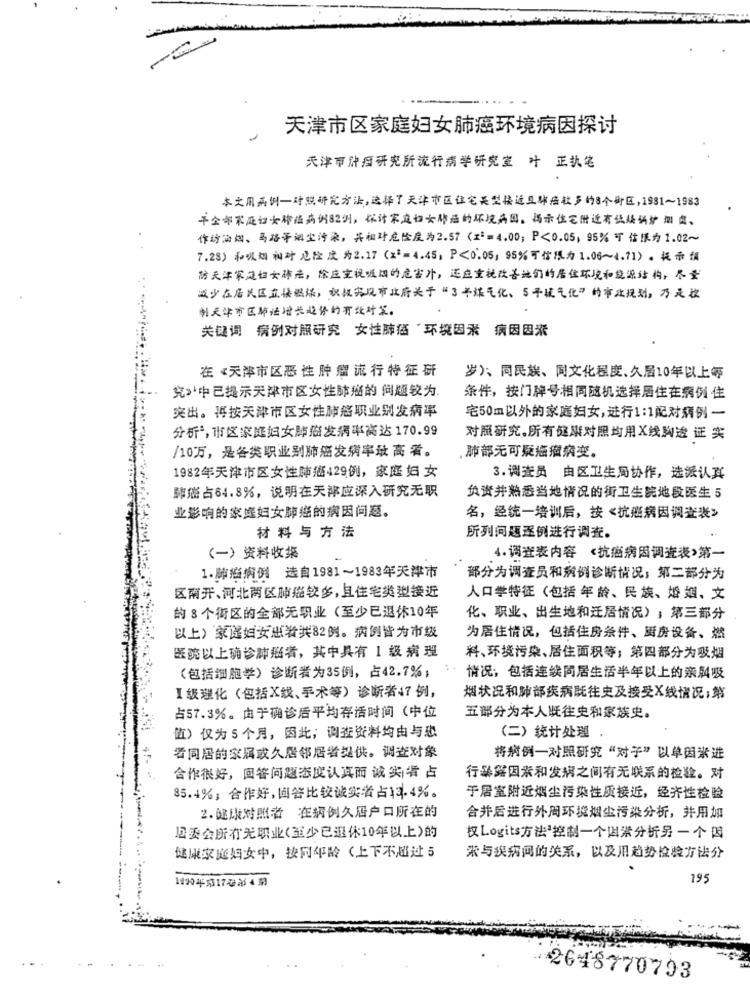
天津市区家庭妇女肺癌环境病因探讨
天津市肿瘤研究所流行病学研究室 叶 正执笔
本文用病例一对照研究方法,选择了天津市区住宅是型接近豆等病较多的8个街区,1981~1983
年全部家庭切大将在病例82例,探讨家庭切女作品的环境病吗。而示住宅附近有公烧锅炉 细 点、
作坊油烟、马路评烟尘污染,并相许危险度为2.57(x := 4.00; P<0.05) 95% 可 信限为 1.02~
7.28) 和水烟 树叶 危险 度 为2.17 (x2=4.45, P<0.05, 95%可信限为 1.06~4.71)。提示額
防天津家庭妇女雄走,除应宝视或端的危害片,还应立花改善他们的居住环境和能源结构,尽量
减少在居民区立法燃煤,欢就完限市北府关于“3平煤气化、5子罐气化”的事业规划,乃是放
朝天华市区师法增长心停的有效对策。
关键词 病例对照研究 女性肺涵“环境因素 病因因素
在 《天津市区恶 性肿瘤流行特征研
岁)、同民族、同文化程度、久居10年以上等
究》中己提示天津市区女性肺癌的 问题较为.
条件,按门牌号相同随机选择居住在病例住
突出。再按天津市区女性肺癌职业别发病率
宅50m以外的家庭妇女,进行1:1配对病例一
分析,市区家庭妇女肺癌发病率高达 170.99
对照研究。所有健康对照均用X线胸透 证 实
/10万,是各类职业别肺癌发病率最 高 着。
,肺部无可疑癌症病变。
1982年天津市区女性肺癌429例,家庭妇女
3.调查员 由区卫生局协作,选派认其
肺热占64.8%,说明在天津应深入研究无职
负责并熟悉当地情况的街卫生院地段医生 5
业影响的家庭妇女肺癌的病因问题。
名,经统一培训后,按《抗癌病因调查表》
材料与方法
所列问题逐例进行调查。
(一)资料收集
4.调查表内容 《抗癌病因调查表》第一
1.肺癌病例 选自1981~1983年天津市
部分为调查员和病例诊断情况;第二部分为
区南开、河北两区肺癌较多,且住宅类型接近
人口学特征(包括 年 龄、民族、婚姻、文
的8个街区的全部无职业(至少已退休10年
化、职业、出生地和迁居情况);第三部分
以上) 家庭妇女患者共82例。病例皆为市级
为居住情况,包括住房条件、厨房设备、燃
医院以上确诊肺癌者,其中具有 Ⅰ级病理
料、环境污染、居住面积等;第四部分为吸烟
(包括细胞学)诊断者为35例,占42.7%;
情况,包括连续同居生活半年以上的亲属吸
【级理化(包括X线、手术等)诊断者47例,
烟状况和肺部疾病既往史及接受X线情况;第
占57.3%。由于确诊后平均存活时间(中位
五部分为本人既往史和家族史。
值)仅为5个月,因此;调查资料均由与恐
(二)统计处理
者同居的家属或久居邻居者提供。调查对象
将病例一对照研究“对子”以单因素进
合作很好,回答问题态度认真而 诚尖 者 占
行暴露因素和发病之间有无联系的检验。对
85.4%;合作好,回答比较诚实者占13.4%。
乎居室附近烟尘污染性质接近,经齐性检验
2.健康对照者 在病例久居户口所在的
合并后进行外周环境烟尘污染分析,并用加
居委会所有无职业(至少已退休10年以上)的
权Logits方法”控制一个国米分析另一个因
健康家庭妇女中,按同年龄(上下不超过5
张与疾病间的关系,以及用趋势检验方法分
195
-2648770793